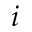
i